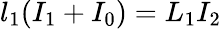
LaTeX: l_{1}(I_{1}+I_{0})=L_{1}I_{2}